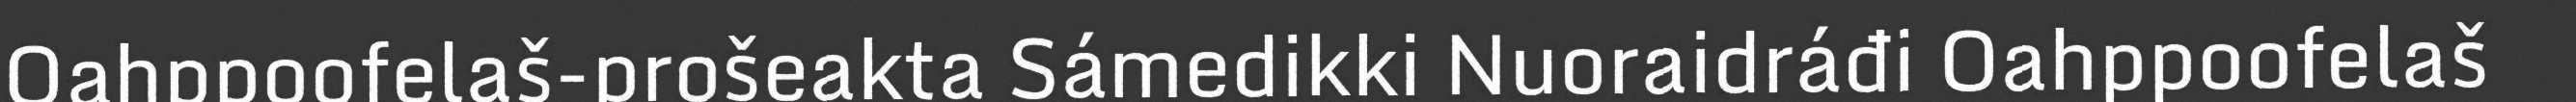
Oahppoofelaš-prošeakta Sámedikki Nuoraidráđi Oahppoofelaš